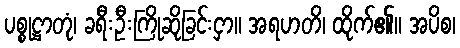
ပစ္စုဋ္ဌာတုံ၊ ခရီးဦးကြိုဆိုခြင်းငှာ။ အရဟတိ၊ ထိုက်၏။ အပိစ၊